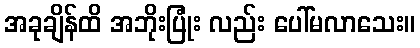
အခုချိန်ထိ အဘိုးပြုံး လည်း ပေါ်မလာသေး။